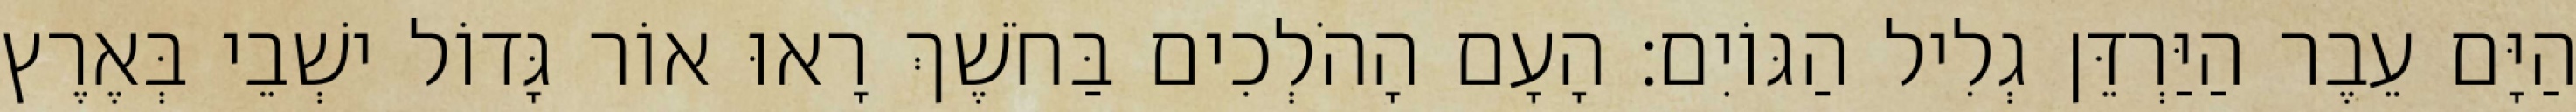
הַיָּם עֵבֶר הַיַּרְדֵּן גְלִיל הַגּוֹיִם׃ הָעָם הָהֹלְכִים בַּחֹשֶׁךְ רָאוּ אוֹר גָּדוֹל ישְׁבֵי בְּאֶרֶץ